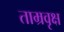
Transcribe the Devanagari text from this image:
ताम्रवृक्ष